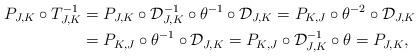
LaTeX: \begin{align*}P_{J,K}\circ T_{J,K}^{-1}&=P_{J,K}\circ \mathcal{D}_{J,K}^{-1}\circ\theta^{-1}\circ \mathcal{D}_{J,K}=P_{K,J}\circ\theta^{-2}\circ \mathcal{D}_{J,K}\\&=P_{K,J}\circ\theta^{-1}\circ \mathcal{D}_{J,K}=P_{K,J}\circ\mathcal{D}_{J,K}^{-1}\circ\theta=P_{J,K},\end{align*}